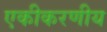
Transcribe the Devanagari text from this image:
एकीकरणीय